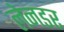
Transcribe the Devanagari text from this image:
लेनडर